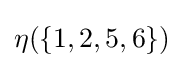
{\textstyle \eta (\{1,2,5,6\})}